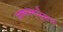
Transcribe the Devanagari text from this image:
जणगणनेुसार